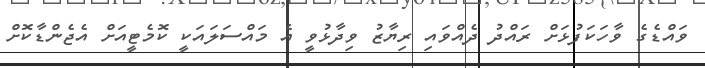
ވައްޑެގެ ވާހަކަފުޅަށް ރައްދު ދެއްވައި ރިޔާޒު ވިދާޅުވީ އެ މައްސަލައަކީ ކޮމެޓީއަށް އެޖެންޑާކޮށް